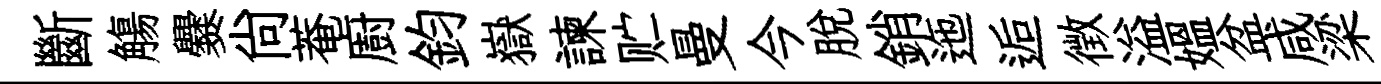
斷觴爨尚菴廚鈞嶽諫贮曼今脫銷迤逅徴溢媪盆咸梁